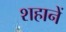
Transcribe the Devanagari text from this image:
शहानें